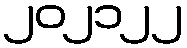
၂၀၂၁၂၂